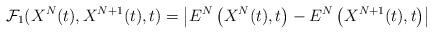
LaTeX: \begin{align*}\mathcal{F}_1(X^N(t), X^{N+1}(t),t) = \left|E^N\left(X^N(t), t\right)-E^N\left(X^{N+1}(t), t\right)\right| \end{align*}